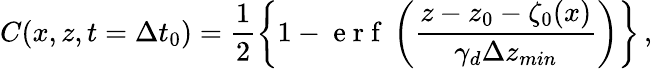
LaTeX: C(x,z,t=\Delta t_{0})=\frac{1}{2}\left\{ 1-\mathrm{~e~r~f~}\left(\frac{z-z_{0}-\zeta_{0}(x)}{\gamma_{d}\Delta z_{min}}\right)\right\} \, ,